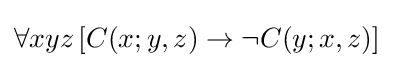
\forall xyz\,[C(x;y,z)\rightarrow \neg C(y;x,z)]